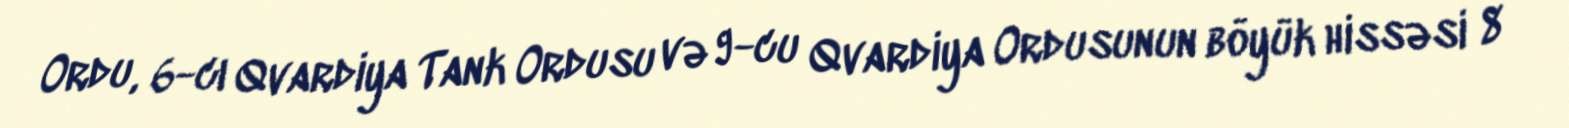
Ordu, 6-cı Qvardiya Tank Ordusu və 9-cu Qvardiya Ordusunun böyük hissəsi 8